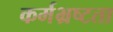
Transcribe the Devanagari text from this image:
कर्मभ्रष्टता